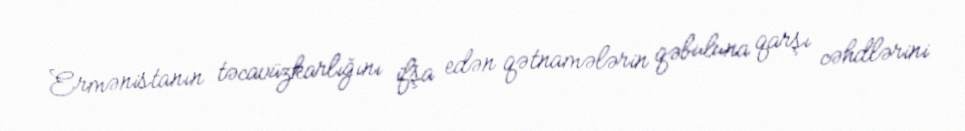
Ermənistanın təcavüzkarlığını ifşa edən qətnamələrin qəbuluna qarşı cəhdlərini